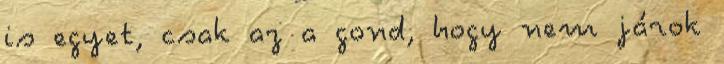
is egyet, csak az a gond, hogy nem járok